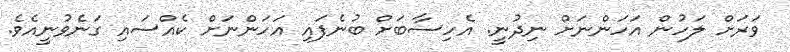
ވަރަށް ލަހުން އަހަންނަށް ނިދުނީ. އެހިސާބަށް ބުނެފައި އަހަންނަށް ކެއްސައި ގަނެވުނީއެވެ.